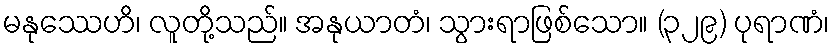
မနုဿေဟိ၊ လူတို့သည်။ အနုယာတံ၊ သွားရာဖြစ်သော။ (၃၂၉) ပုရာဏံ၊